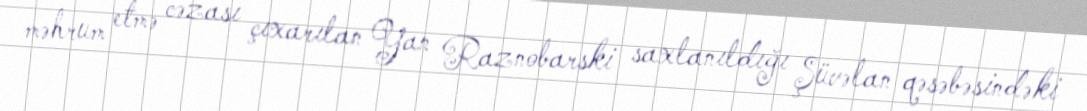
məhrum etmə cəzası çıxarılan Yan Raznobarski saxlanıldığı Şüvəlan qəsəbəsindəki